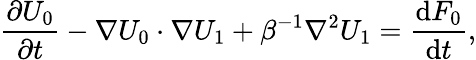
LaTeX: \frac{\partial U_{0}}{\partial t}-\nabla U_{0}\cdot\nabla U_{1}+\beta^{-1}\nabla^{2}U_{1}=\frac{\mathrm{d}F_{0}}{\mathrm{d}t},